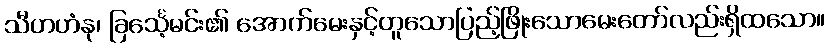
သီဟဟံနု၊ ခြင်္သေ့မင်း၏ အောက်မေးနှင့်တူသောပြည့်ဖြိုးသောမေးတော်လည်းရှိထသော။